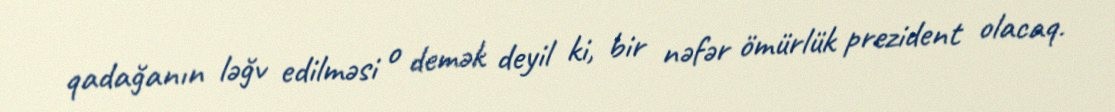
qadağanın ləğv edilməsi o demək deyil ki, bir nəfər ömürlük prezident olacaq.